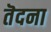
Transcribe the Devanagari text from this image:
तॆदना